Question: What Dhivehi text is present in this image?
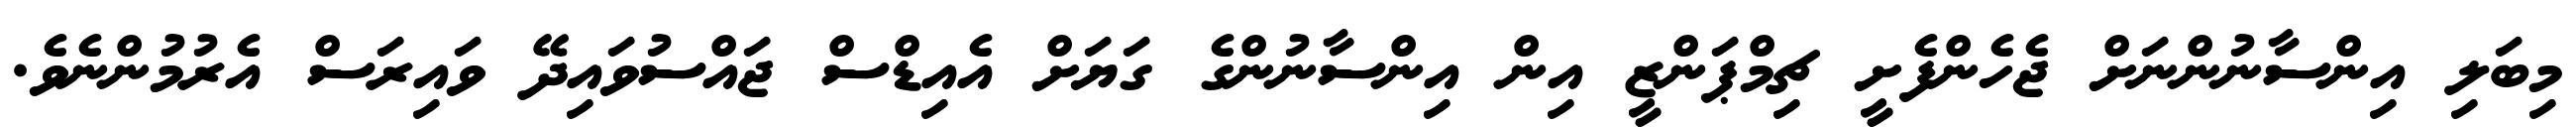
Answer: މިބަލި އިންސާނުންނަށް ޖެހެންފެށީ ޗިމްޕަންޒީ އިން އިންސާނުންގެ ގަޔަށް އެއިޑްސް ޖައްސުވައިދޭ ވައިރަސް އެރުމުންނެވެ.